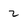
Character: 2